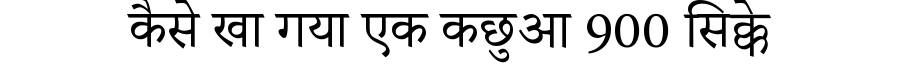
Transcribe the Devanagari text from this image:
कैसे खा गया एक कछुआ 900 सिक्के